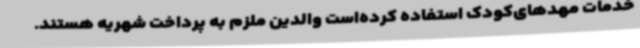
خدمات مهدهای‌کودک استفاده کرده‌است والدین‌ ملزم به پرداخت شهریه هستند.